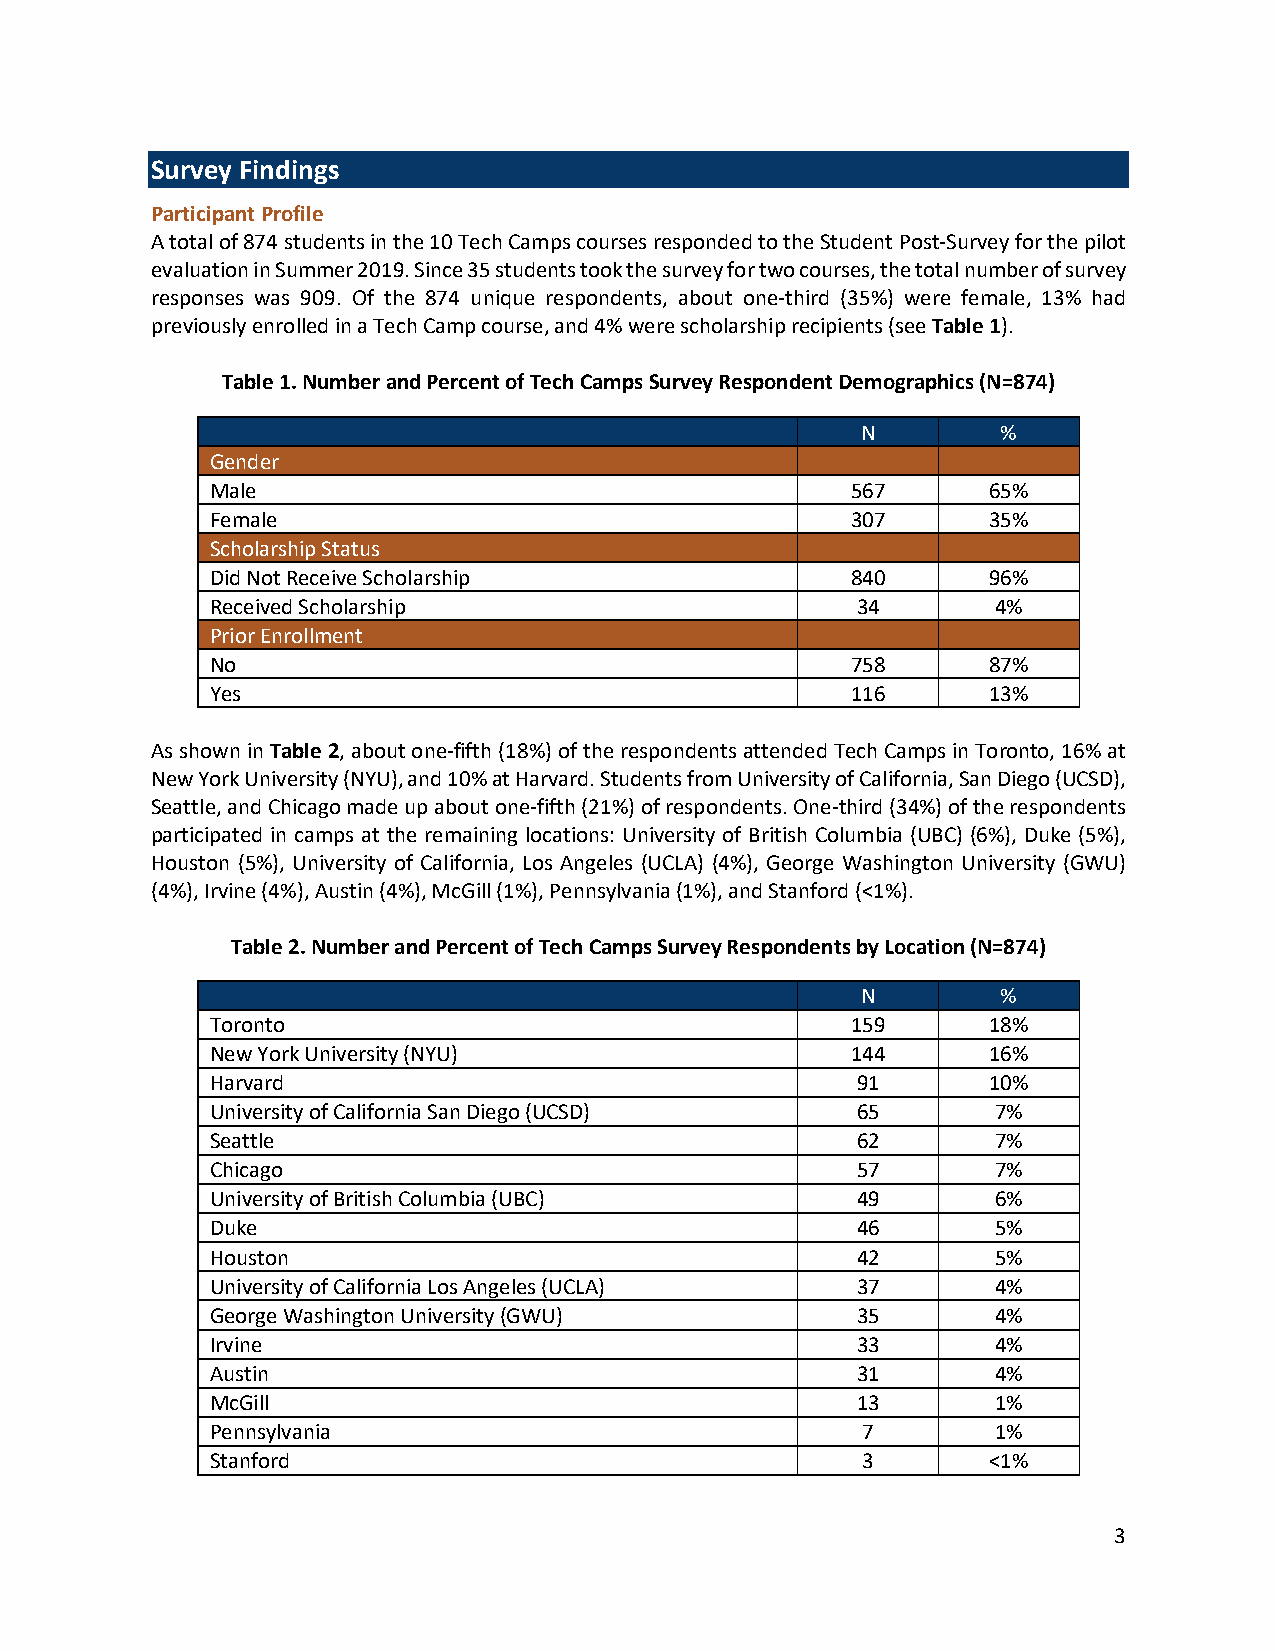
Survey Findings
 Participant Profile
 A total of 874 students in the 10 Tech Camps courses responded to the Student Post-Survey for the pilot
 evaluation in Summer 2019. Since 35 students took the survey for two courses, the total number of survey
 responses was 909. Of the 874 unique respondents, about one-third (35%) were female, 13% had
 previously enrolled in a Tech Camp course, and 4% were scholarship recipients (see Table 1).
 Table 1. Number and Percent of Tech Camps Survey Respondent Demographics (N=874)
 N        %
 Gender
 Male                                      567      65%
 Female                                    307      35%
 Scholarship Status
 Did Not Receive Scholarship               840      96%
 Received Scholarship                       34       4%
 Prior Enrollment
 No                                        758      87%
 Yes                                       116      13%
 As shown in Table 2, about one-fifth (18%) of the respondents attended Tech Camps in Toronto, 16% at
 New York University (NYU), and 10% at Harvard. Students from University of California, San Diego (UCSD),
 Seattle, and Chicago made up about one-fifth (21%) of respondents. One-third (34%) of the respondents
 participated in camps at the remaining locations: University of British Columbia (UBC) (6%), Duke (5%),
 Houston (5%), University of California, Los Angeles (UCLA) (4%), George Washington University (GWU)
 (4%), Irvine (4%), Austin (4%), McGill (1%), Pennsylvania (1%), and Stanford (<1%).
 Table 2. Number and Percent of Tech Camps Survey Respondents by Location (N=874)
 N        %
 Toronto                                   159      18%
 New York University (NYU)                 144      16%
 Harvard                                    91      10%
 University of California San Diego (UCSD)  65       7%
 Seattle                                    62       7%
 Chicago                                    57       7%
 University of British Columbia (UBC)       49       6%
 Duke                                       46       5%
 Houston                                    42       5%
 University of California Los Angeles (UCLA) 37      4%
 George Washington University (GWU)         35       4%
 Irvine                                     33       4%
 Austin                                     31       4%
 McGill                                     13       1%
 Pennsylvania                               7        1%
 Stanford                                   3       <1%
 3